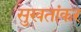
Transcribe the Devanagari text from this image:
सुखतांकर